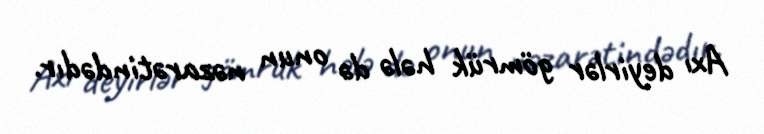
Axı deyirlər gömrük hələ də onun nəzarətindədır.